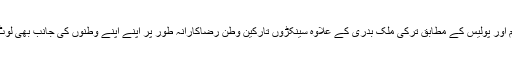
یونانی حکام اور پولیس کے مطابق ترکی ملک بدری کے علاوہ سینکڑوں تارکین وطن رضاکارانہ طور پر اپنے اپنے وطنوں کی جانب بھی لوٹ رہے ہیں۔